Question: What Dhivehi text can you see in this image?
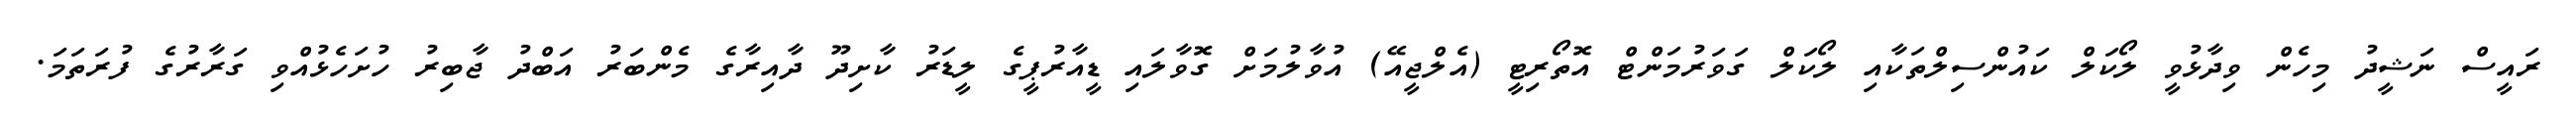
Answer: ރައީސް ނަޝީދު މިހެން ވިދާޅުވީ ލޯކަލް ކައުންސިލްތަކާއި ލޯކަލް ގަވަރުމަންޓް އޮތޯރިޓީ (އެލްޖީއޭ) އުވާލުމަށް ގޮވާލައި ޑީއާރުޕީގެ ލީޑަރު ކާށިދޫ ދާއިރާގެ މެންބަރު އަބްދު ޖާބިރު ހުށަހެޅުއްވި ގަރާރުގެ ފުރަތަމަ.